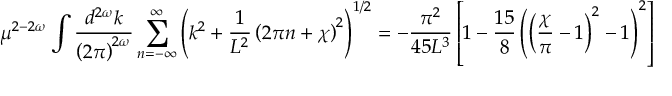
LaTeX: \mathcal { F } _ { b } \left( y \right) = \sum _ { j = 1 } ^ { r } D _ { j } ( b ) \langle 0 | b \varphi ( 0 ) | j , 0 \rangle _ { i n } \exp ( - m _ { j } y ) + . . .